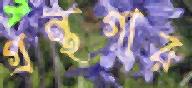
গ্রন্থগার